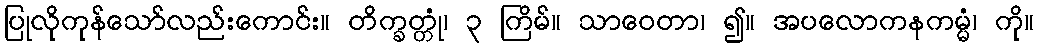
ပြုလိုကုန်သော်လည်းကောင်း။ တိက္ခတ္တုံ၊ ၃ ကြိမ်။ သာဝေတာ၊ ၍။ အပလောကနကမ္မံ၊ ကို။